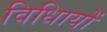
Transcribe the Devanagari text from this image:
विधिायों